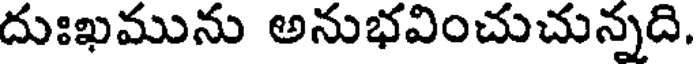
దుఃఖమును అనుభవించుచున్నది.